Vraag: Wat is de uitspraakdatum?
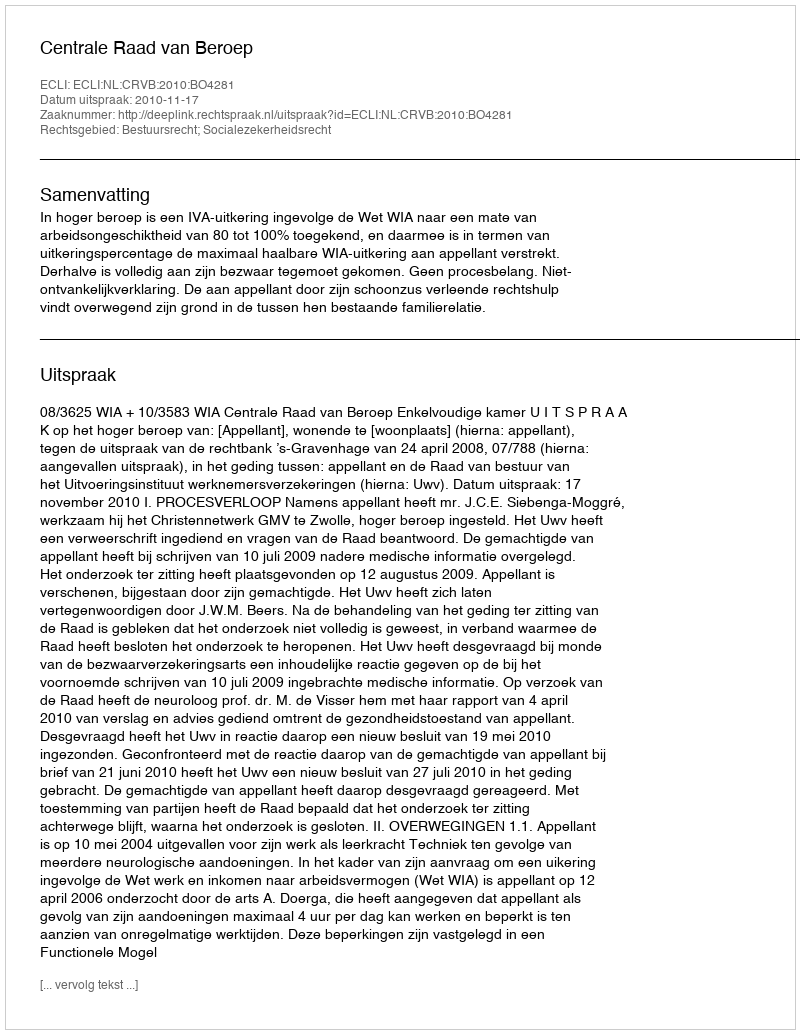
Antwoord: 2010-11-17